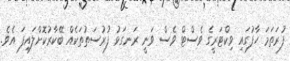
ފުރަތަމަ ހާފުގައި ވިކްޓަރީގެ ވެސްޓް ވެސް ވަނީ ރަނގަޅު ފުރުސަތުތަކެއް ބޭކާރުކޮށްލައިފަ އެވެ.